Annual report of the Imperial Bacteriological Laboratory, Muktesar
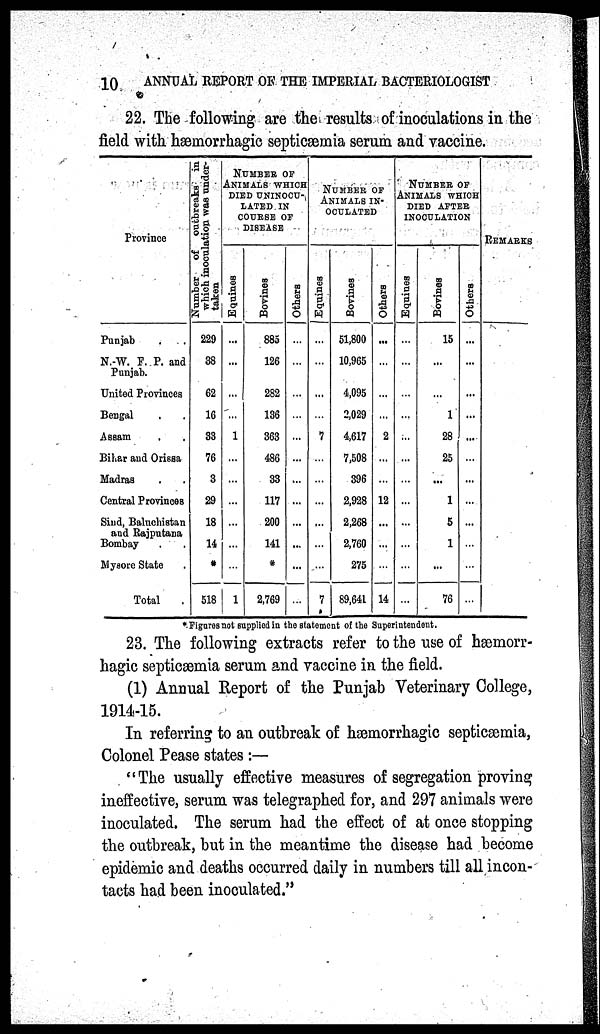
10
ANNUAL REPORT OF THE IMPERIAL BACTERIOLOGIST
22. The following are the results of inoculations in the
field with hæmorrhagic septicæmia serum and vaccine.
Province
Punjab
N.-W. F. P. and
Punjab.
United Provinces
Bengal
Assam
Bihar and Orissa
Madras
Central Provinces
Sind, Baluchistan
and Rajputana
Bombay
Mysore State
Total
Nu mb e r of o u t b r e a k s in
which i
nocul at i
on was under¬
taken
229
38
62
16
33
76
3
29
18
14
*
518
NUMBER OF
ANIMALS WHICH
DIED UNINOCU¬
LATED IN
COURSE OF
DISEASE
Equines
...
...
...
...
1
...
...
...
...
...
...
...
1
Bovines
885
126
282
136
363
486
33
117
200
141
*
2,769
Others
....
...
...
...
...
...
...
...
...
...
...
NUMBER OF
ANIMALS IN-
--------
Equines
...
...
...
...
7
...
...
...
...
...
...
7
Bovines
51,800
10,965
4,095
2,029
4,617
7,508
396
2,928
2,268
2,760
275
89,641
Others
...
...
...
...
2
...
...
12
...
...
...
...
14
NUMBER OF
ANIMALS WHICH
DIED AFTER
INOCULATION
Equines
...
...
...
...
...
...
....
...
...
...
...
...
...
Bovines
15
...
...
1
28
25
...
1
5
1
...
76
Others
...
...
...
...
...
...
...
...
...
...
...
...
REMARKS
*. Figures not supplied in the statement of the Superintendent.
23. The following extracts refer to the use of hæmorr-
hagic septicæmia serum and vaccine in the field.
(1) Annual Report of the Punjab Veterinary College,
1914-15.
In referring to an outbreak of hæmorrhagic septicæmia,
Colonel Pease states:—
"The usually effective measures of segregation proving
ineffective, serum was telegraphed for, and 297 animals were
inoculated. The serum had the effect of at once stopping
the outbreak, but in the meantime the disease had become
epidemic and deaths occurred daily in numbers till all incon-
tacts had been inoculated."